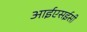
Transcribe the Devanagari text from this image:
आईएसईसी